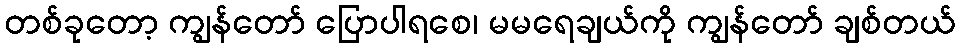
တစ်ခုတော့ ကျွန်တော် ပြောပါရစေ၊ မမရေချယ်ကို ကျွန်တော် ချစ်တယ်